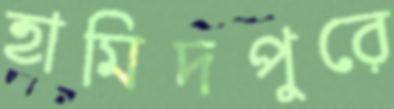
হামিদপুরে